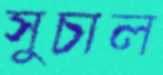
সুচাল